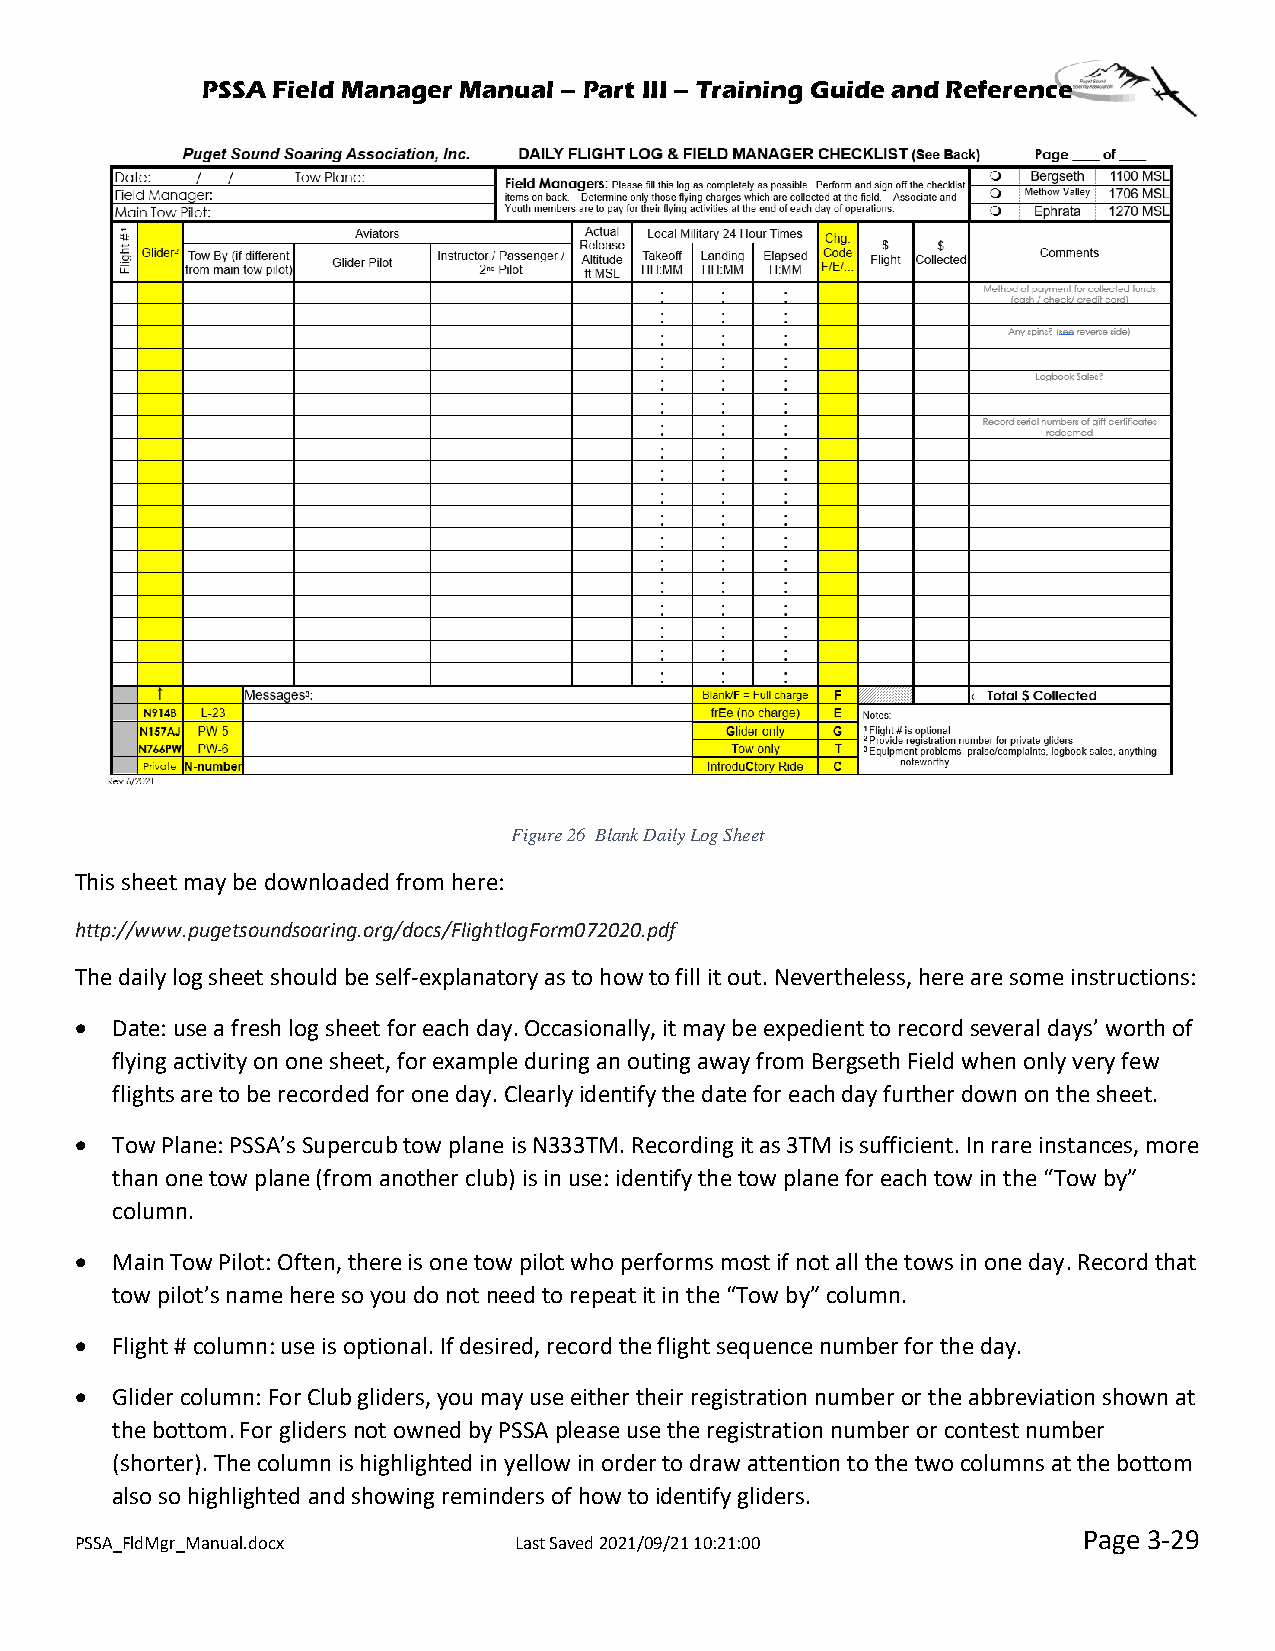
PSSA Field Manager Manual – Part III – Training Guide and Reference
 Figure 26 Blank Daily Log Sheet
 This sheet may be downloaded from here:
 http://www.pugetsoundsoaring.org/docs/FlightlogForm072020.pdf
 The daily log sheet should be self-explanatory as to how to fill it out. Nevertheless, here are some instructions:
 • Date: use a fresh log sheet for each day. Occasionally, it may be expedient to record several days’ worth of
 flying activity on one sheet, for example during an outing away from Bergseth Field when only very few
 flights are to be recorded for one day. Clearly identify the date for each day further down on the sheet.
 • Tow Plane: PSSA’s Supercub tow plane is N333TM. Recording it as 3TM is sufficient. In rare instances, more
 than one tow plane (from another club) is in use: identify the tow plane for each tow in the “Tow by”
 column.
 • Main Tow Pilot: Often, there is one tow pilot who performs most if not all the tows in one day. Record that
 tow pilot’s name here so you do not need to repeat it in the “Tow by” column.
 • Flight # column: use is optional. If desired, record the flight sequence number for the day.
 • Glider column: For Club gliders, you may use either their registration number or the abbreviation shown at
 the bottom. For gliders not owned by PSSA please use the registration number or contest number
 (shorter). The column is highlighted in yellow in order to draw attention to the two columns at the bottom
 also so highlighted and showing reminders of how to identify gliders.
 Page 3-29
 PSSA_FldMgr_Manual.docx      Last Saved 2021/09/21 10:21:00